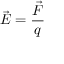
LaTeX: { \vec { E } } = { \frac { \vec { F } } { q } }